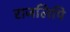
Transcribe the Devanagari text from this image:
राजलिपि